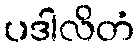
ပဒါလိတံ